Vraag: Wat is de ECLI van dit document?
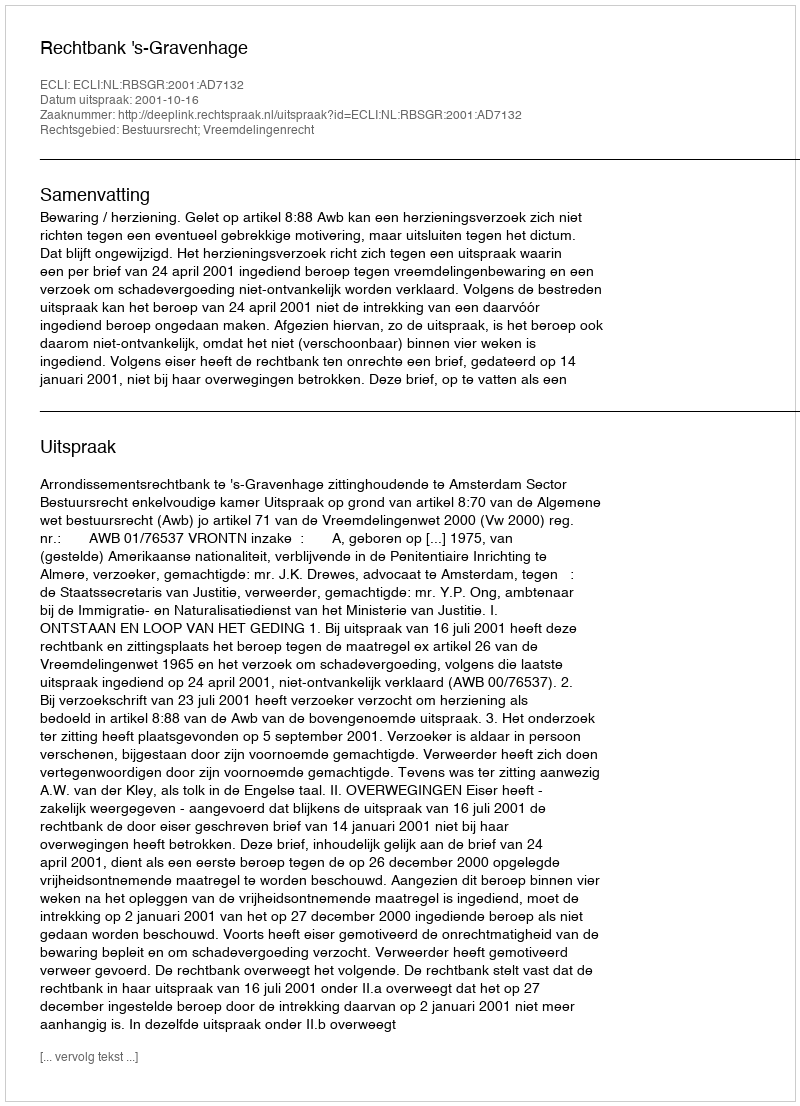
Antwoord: ECLI:NL:RBSGR:2001:AD7132